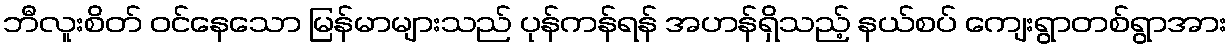
ဘီလူးစိတ် ဝင်နေသော မြန်မာများသည် ပုန်ကန်ရန် အဟန်ရှိသည့် နယ်စပ် ကျေးရွာတစ်ရွာအား